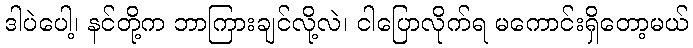
ဒါပဲပေါ့၊ နင်တို့က ဘာကြားချင်လို့လဲ၊ ငါပြောလိုက်ရ မကောင်းရှိတော့မယ်